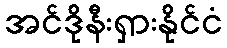
အင်ဒိုနီးရှားနိုင်ငံ